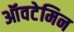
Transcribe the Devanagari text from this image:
ऑवटेमिन